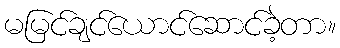
မမြင်ချင်ယောင်ဆောင်ခဲ့တာ။